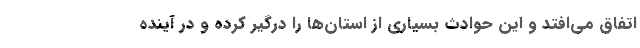
اتفاق می‌افتد و این حوادث بسیاری از استان‌ها را درگیر کرده و در آینده‌